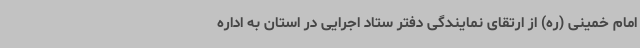
امام خمینی (ره) از ارتقای نمایندگی دفتر ستاد اجرایی در استان به اداره